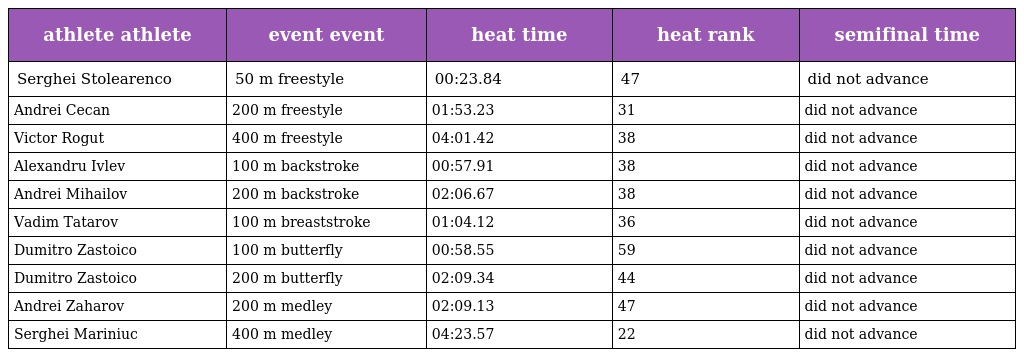
| athlete athlete | event event | heat time | heat rank | semifinal time |
 | --- | --- | --- | --- | --- |
 | Serghei Stolearenco | 50 m freestyle | 00:23.84 | 47 | did not advance |
 | Andrei Cecan | 200 m freestyle | 01:53.23 | 31 | did not advance |
 | Victor Rogut | 400 m freestyle | 04:01.42 | 38 | did not advance |
 | Alexandru Ivlev | 100 m backstroke | 00:57.91 | 38 | did not advance |
 | Andrei Mihailov | 200 m backstroke | 02:06.67 | 38 | did not advance |
 | Vadim Tatarov | 100 m breaststroke | 01:04.12 | 36 | did not advance |
 | Dumitro Zastoico | 100 m butterfly | 00:58.55 | 59 | did not advance |
 | Dumitro Zastoico | 200 m butterfly | 02:09.34 | 44 | did not advance |
 | Andrei Zaharov | 200 m medley | 02:09.13 | 47 | did not advance |
 | Serghei Mariniuc | 400 m medley | 04:23.57 | 22 | did not advance |